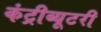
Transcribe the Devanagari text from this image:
कंट्रीब्यूटरी